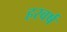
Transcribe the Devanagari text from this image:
हरवर्ष